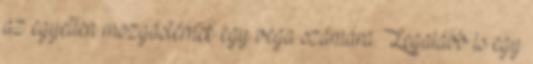
az egyetlen mozgástérnek egy vega számára. Legalább is egy